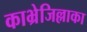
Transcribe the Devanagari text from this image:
काभ्रेजिल्लाका